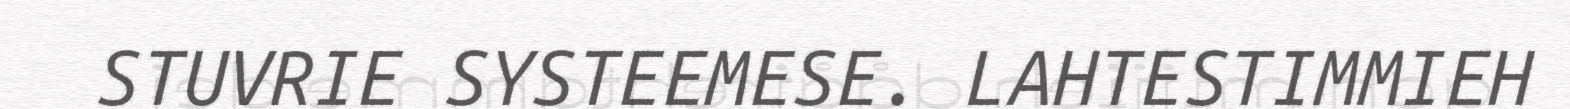
STUVRIE SYSTEEMESE. LAHTESTIMMIEH